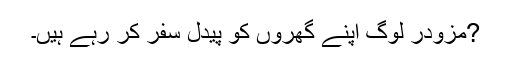
?مزودر لوگ اپنے گھروں کو پیدل سفر کر رہے ہیں۔